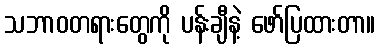
သဘာဝတရားတွေကို ပန်းချီနဲ့ ဖော်ပြထားတာ။